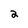
Character: 2